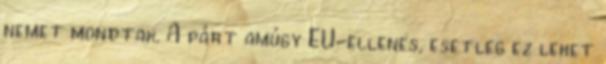
nemet mondtak. A párt amúgy EU-ellenes, esetleg ez lehet